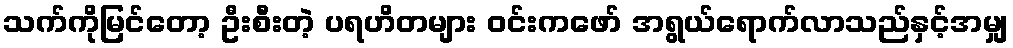
သက်ကိုမြင်တော့ ဦးစီးတဲ့ ပရဟိတများ ဝင်းကဖော် အရွယ်ရောက်လာသည်နှင့်အမျှ